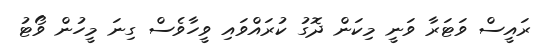
ރައީސް ވަޓަރާ ވަނީ މިކަން ދޮގު ކުރައްވައި ވީހާވެސް ގިނަ މީހުން ވޯޓު